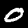
Label: 0